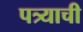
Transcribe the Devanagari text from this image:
पत्र्याची